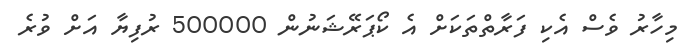
މިހާރު ވެސް އެކި ފަރާތްތަކަށް އެ ކޯޕަރޭޝަނުން 500000 ރުފިޔާ އަށް ވުރެ